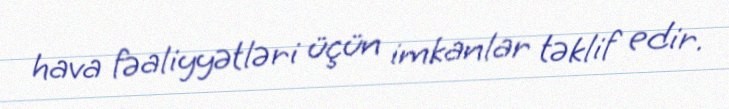
hava fəaliyyətləri üçün imkanlar təklif edir.